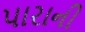
પારાની